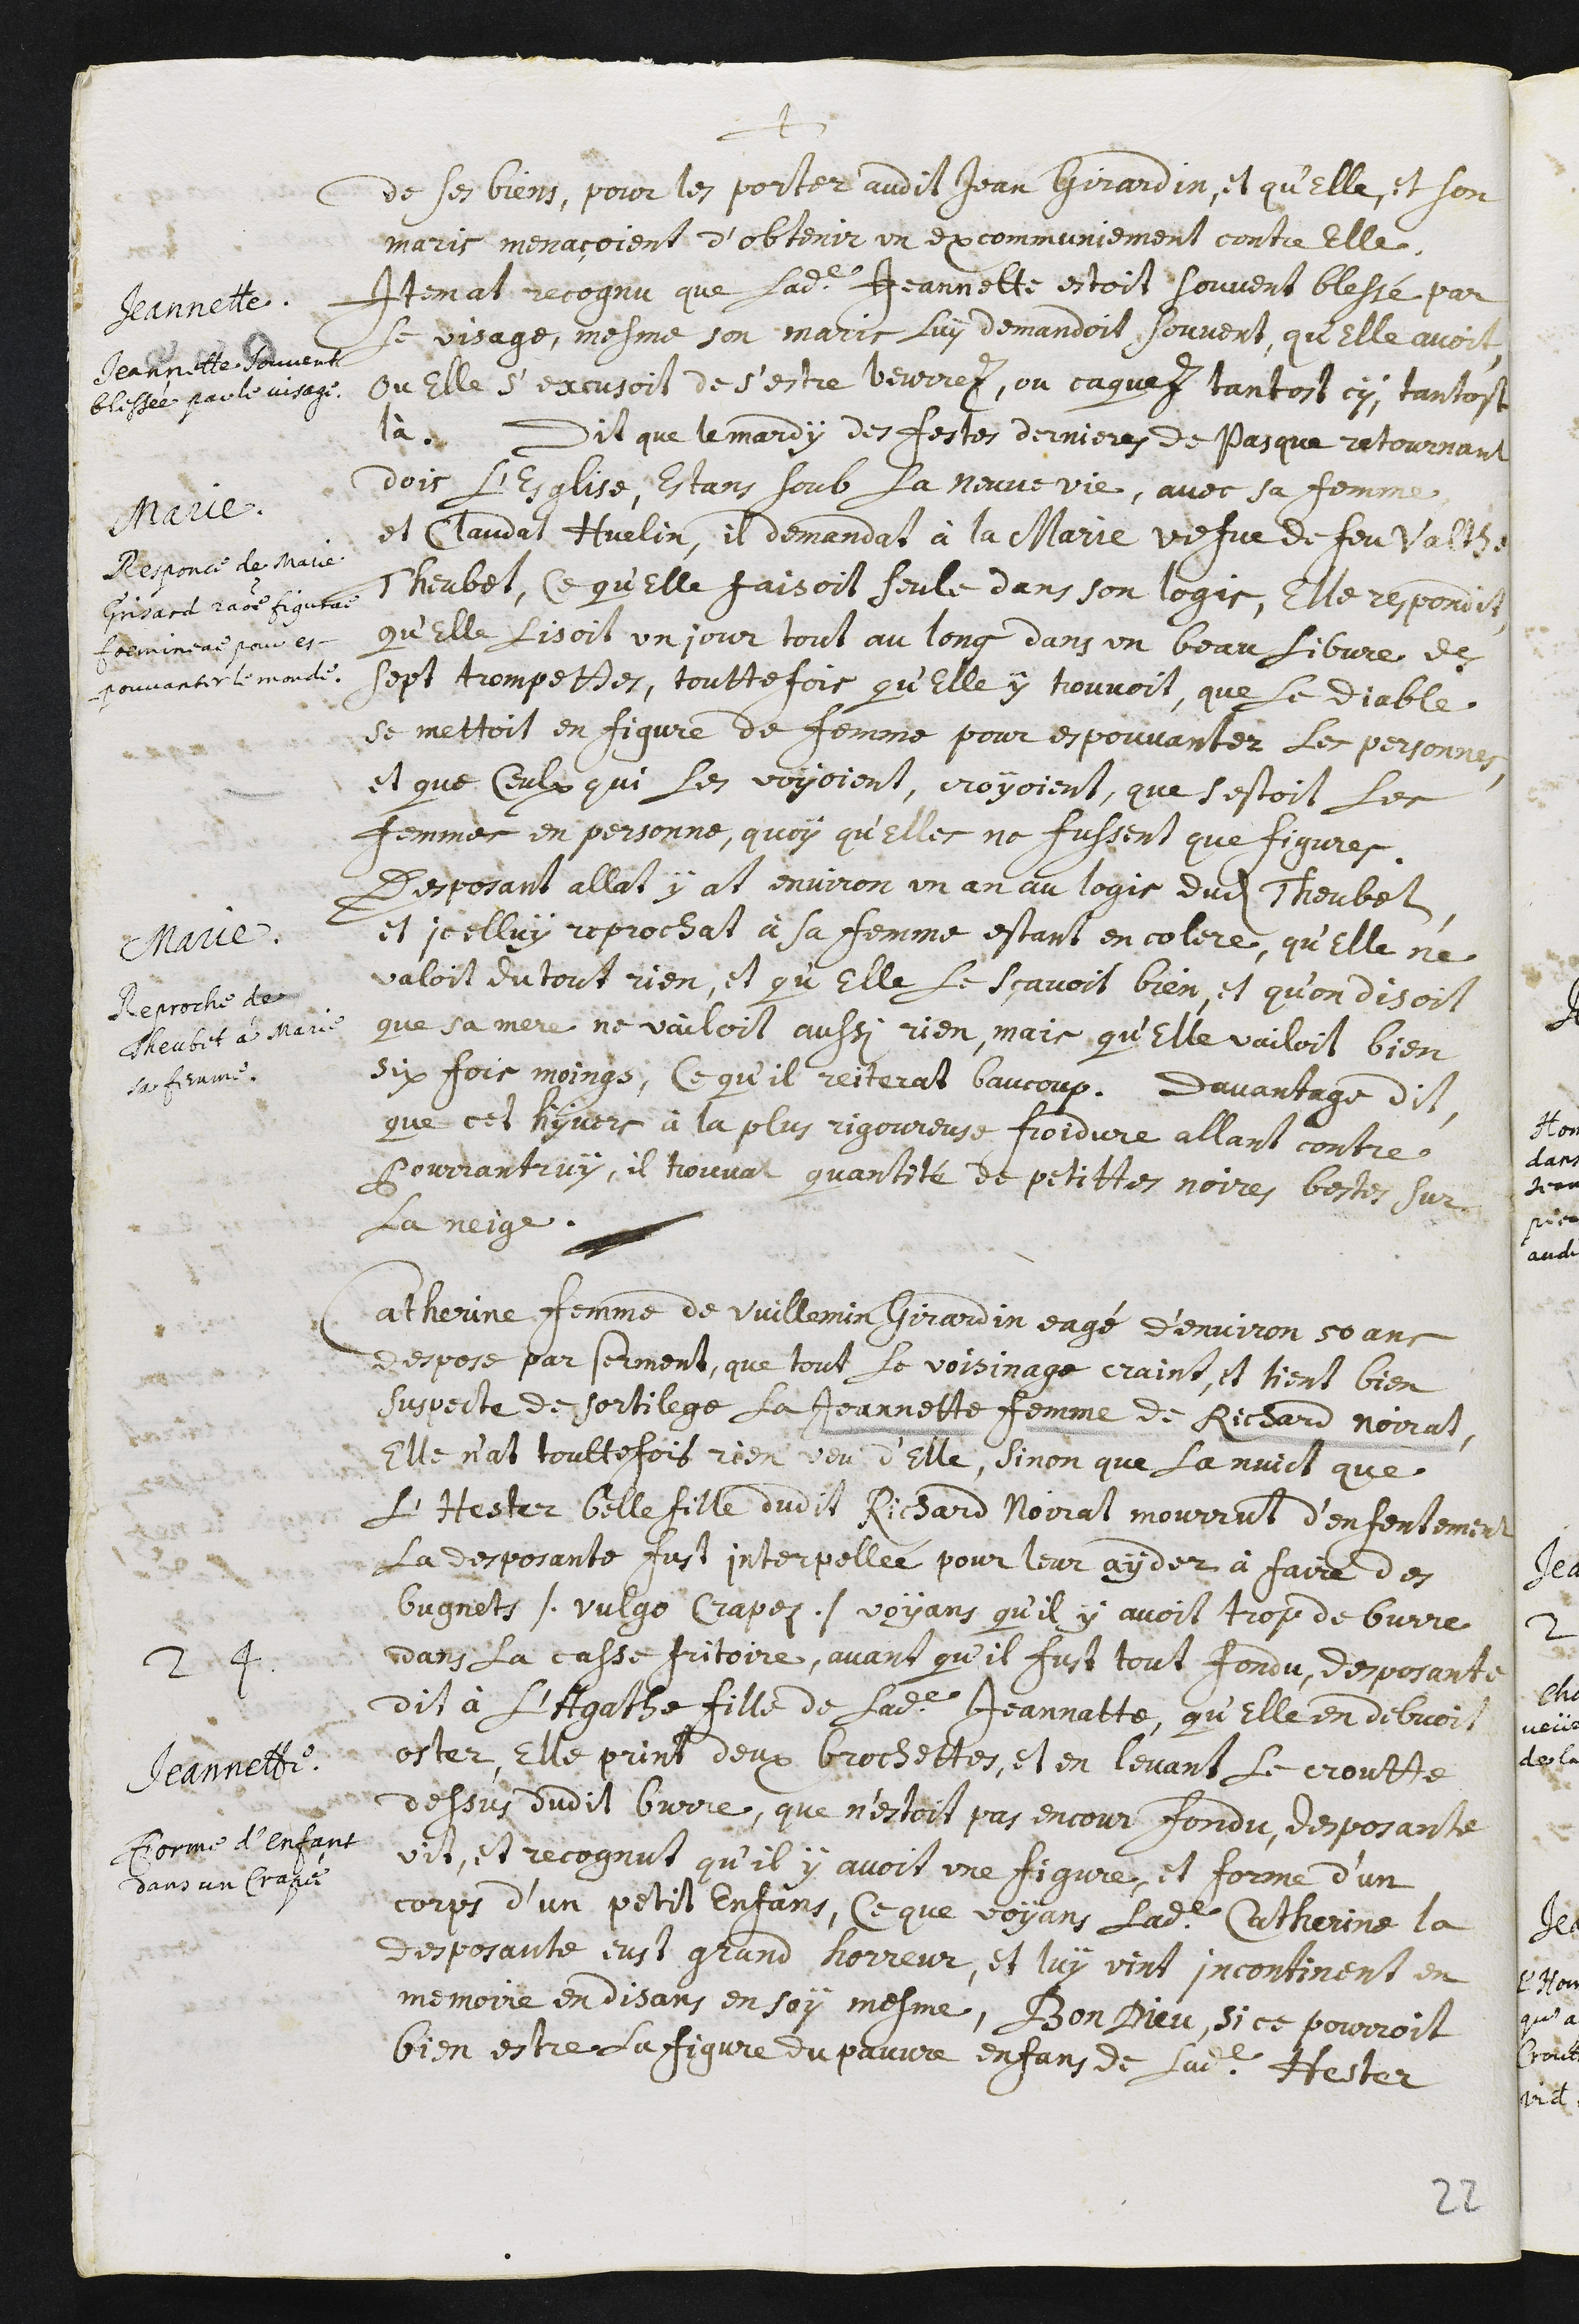
+
de ses biens, pour les porter audit Jean Girardin, et qu’elle, et son
maris menaçoient d’obtenir un excommuniement contre elle.
Jeannette.
Jeannette souvent
blessée par le visage.
Item at recognu que ladite Jeannette estoit souvent blessé par
yle visage, mesme mon maris luÿ demandoit souvent, qu’elle avoit,
ou elle s’excusoit de s’estre beurrez, ou caquez tantost cy, tantost
là.
Marie.
Responce de Marie
Grisard ratione figurae
foemineae pour es-
pouvanter le monde.
Dit que le mardy des festes dernieres de Pasque retournant
dois l’esglise, estans soub la Neuvevie, avec sa femme
et Claudat Huelin, il demandat à la Marie vefue de feu Valther
Theubet, ce qu’elle faisoit seule dans son logis, elle respondit,
qu’elle lisoit un jour tout au long dans un beau libvre des
sept trompettes, touttefois qu’elle y trouvoit, que le Diable
se mettoit en figure de femme pour espouvanter les personnes,
et que ceulx qui les voyoient, croyoient, que s’estoit les
femmes en personne, quoy qu’elles ne fussent que figures.
Marie.
Reproche de
Theubet à Marie
sa femme.
Desposant allat y at environ un an au logis dudit Theubet,
et icelluy reprochat à la femme estant en colere, qu’elle ne
valoit du tout rien, et qu’elle le sçavoit bien, et qu’on disoit
que sa mere ne vailoit aussi rien, mais qu’elle vailoit bien
six fois moings, ce qu’il reiterat baucoup. Davantage dit,
que cet hyvers à la plus rigoureuse froidure allant contre
Pourrantruy, il trouvat quantité de petittes noires bestes sur
la neige.
Catherine femme de Vuillemin Girardin eagé d’environ 50 ans
despose par serment, que tout le voisinage craint, et tient bien
suspecte de sortilege la Jeannette, femme de Richard Noirat.
Jeannette.
Forme d’enfant
dans un crapé
Elle n’at touttefois rien veu d’elle, sinon que la nuict que
l’Hester belle fille dudit Richard Noirat mourrut d’enfentement
la desposante fust interpellée pour leur ayder à faire des
bugnets /. vulgo crapez ./ voyans qu’il y avoit trop de burre
dans la casse fritoire, avant qu’il fust tout fondu, desposante
dit à l’Agathe fille de ladite Jeannatte, qu’elle en debvoit
oster, elle print deux brochettes, et en levant le croutte
dessus dudit burre, que n’estoit par encour fondu, desposante
vit, et recognut qu’il y avoit une figure, et forme d’un
corps d’un petit enfans, ce que voyans ladite Catherine la
desposante eust grand horreur, et luy vint incontinent en
memoire en disans en soy mesme, Bon Dieu, si ce pourroit
bien estre la figure du pauvre enfans de ladite Hester